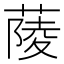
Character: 䔖